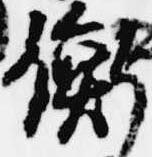
衡